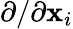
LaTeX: \partial/\partial\mathbf{x}_{i}